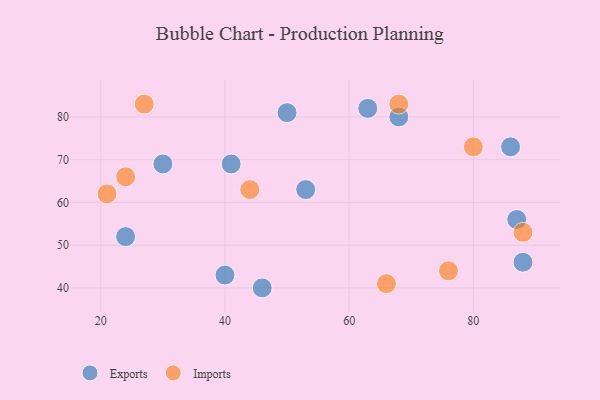
{"axis": {"x": "GDP", "y": "Life Expectancy"}, "legend": ["Exports", "Imports"], "data": [{"x": "46", "y": 40, "type": "Exports"}, {"x": "63", "y": 82, "type": "Exports"}, {"x": "87", "y": 56, "type": "Exports"}, {"x": "88", "y": 46, "type": "Exports"}, {"x": "50", "y": 81, "type": "Exports"}, {"x": "24", "y": 52, "type": "Exports"}, {"x": "30", "y": 69, "type": "Exports"}, {"x": "53", "y": 63, "type": "Exports"}, {"x": "86", "y": 73, "type": "Exports"}, {"x": "68", "y": 80, "type": "Exports"}, {"x": "40", "y": 43, "type": "Exports"}, {"x": "41", "y": 69, "type": "Exports"}, {"x": "80", "y": 73, "type": "Imports"}, {"x": "27", "y": 83, "type": "Imports"}, {"x": "24", "y": 66, "type": "Imports"}, {"x": "68", "y": 83, "type": "Imports"}, {"x": "21", "y": 62, "type": "Imports"}, {"x": "88", "y": 53, "type": "Imports"}, {"x": "76", "y": 44, "type": "Imports"}, {"x": "66", "y": 41, "type": "Imports"}, {"x": "44", "y": 63, "type": "Imports"}]}